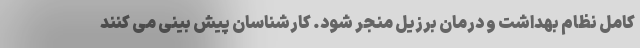
کامل نظام بهداشت و درمان برزیل منجر شود. کارشناسان پیش بینی می کنند